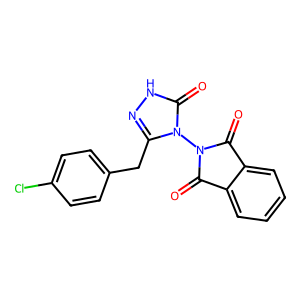
SMILES: O=C1c2ccccc2C(=O)N1n1c(Cc2ccc(Cl)cc2)n[nH]c1=O
Inhibits HIV replication: No